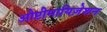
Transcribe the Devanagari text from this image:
औप्टीमायिज़ेशन